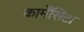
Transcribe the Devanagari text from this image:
कार्मेंसिटा